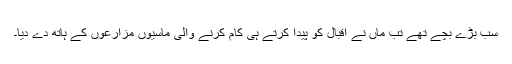
سب بڑے بچے تھے تب ماں نے اقبال کو پیدا کرتے ہی کام کرنے والی ماسیوں مزارعوں کے ہاتھ دے دیا۔